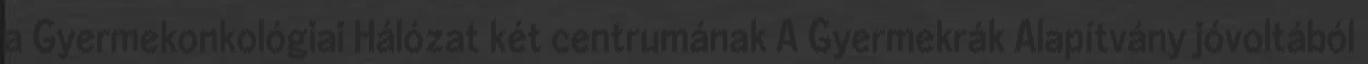
a Gyermekonkológiai Hálózat két centrumának A Gyermekrák Alapítvány jóvoltából